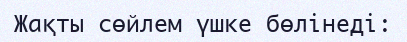
Жақты сөйлем үшке бөлінеді: